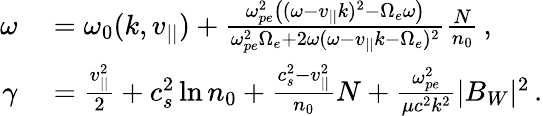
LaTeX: \begin{array}{rl}{\omega}&{{}=\omega_{0}(k,v_{||})+\frac{\omega_{pe}^{2}\big((\omega-v_{||}k)^{2}-\Omega_{e}\omega\big)}{\omega_{pe}^{2}\Omega_{e}+2\omega(\omega-v_{||}k-\Omega_{e})^{2}}\frac{N}{n_{0}}\, ,}\\ {\gamma}&{{}=\frac{v_{||}^{2}}{2}+c_{s}^{2}\ln n_{0}+\frac{c_{s}^{2}-v_{||}^{2}}{n_{0}}N+\frac{\omega_{pe}^{2}}{\mu c^{2}k^{2}}|B_{W}|^{2}\, .}\end{array}